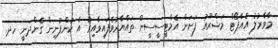
މާވާރުލު އެއާޕޯޓް މަޝްރޫއު ފަށަން އެމްޓީސީސީން ތައްޔާރުވެފައިވާއިރު އެ ކުންފުނިން ގެންދަނީ ހދ.